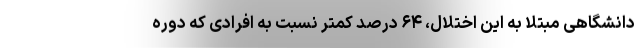
دانشگاهی مبتلا به این اختلال، ۶۴ درصد کمتر نسبت به افرادی که دوره